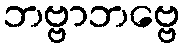
ဘဗ္ဗာဘဗ္ဗေ